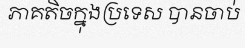
ភាគតិចក្នុងប្រទេស បានចាប់